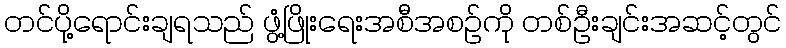
တင်ပို့ရောင်းချရသည် ဖွံ့ဖြိုးရေးအစီအစဉ်ကို တစ်ဦးချင်းအဆင့်တွင်